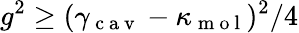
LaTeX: g^{2}\ge(\gamma_{\mathrm{~c~a~v~}}-\kappa_{\mathrm{~m~o~l~}})^{2}/4